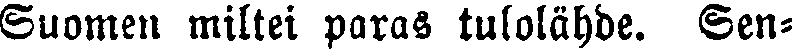
Suomen miltei paras tulolähde. Sen-